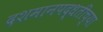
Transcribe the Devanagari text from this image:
दशमानपद्धतीच्या